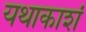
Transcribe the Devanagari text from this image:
यथाकाशं